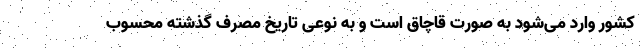
کشور وارد می‌شود به صورت قاچاق است و به نوعی تاریخ مصرف گذشته محسوب